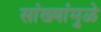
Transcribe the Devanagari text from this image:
सांख्यांमुळे